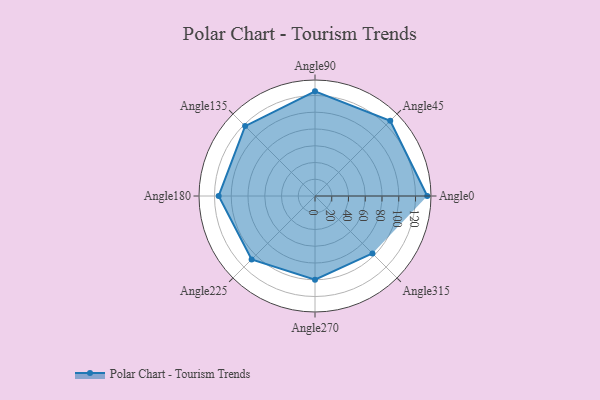
{"axis": {"x": "Angle", "y": "Radius"}, "legend": [""], "data": [{"x": "Angle0", "y": 134.0, "type": ""}, {"x": "Angle45", "y": 127.0, "type": ""}, {"x": "Angle90", "y": 125.0, "type": ""}, {"x": "Angle135", "y": 118.0, "type": ""}, {"x": "Angle180", "y": 115.0, "type": ""}, {"x": "Angle225", "y": 107.0, "type": ""}, {"x": "Angle270", "y": 100.0, "type": ""}, {"x": "Angle315", "y": 97.0, "type": ""}]}